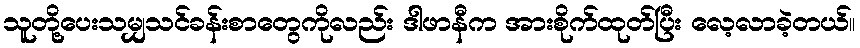
သူတို့ပေးသမျှသင်ခန်းစာတွေကိုလည်း ဒါဖာနီက အားစိုက်ထုတ်ပြီး လေ့လာခဲ့တယ်။